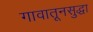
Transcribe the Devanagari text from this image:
गावातूनसुद्धा